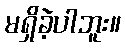
မရှိခဲ့ပါဘူး။